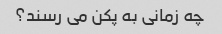
چه زمانی به پکن می رسند؟